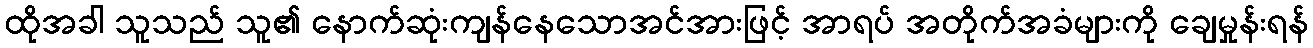
ထိုအခါ သူသည် သူ၏ နောက်ဆုံးကျန်နေသောအင်အားဖြင့် အာရပ် အတိုက်အခံများကို ချေမှုန်းရန်